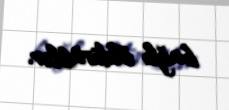
bağlı öldürüblər.